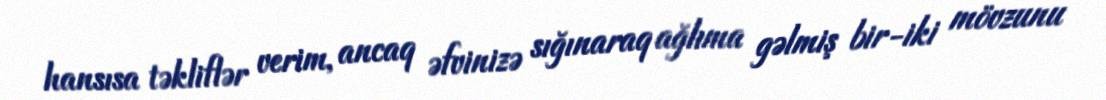
hansısa təkliflər verim, ancaq əfvinizə sığınaraq ağlıma gəlmiş bir-iki mövzunu